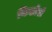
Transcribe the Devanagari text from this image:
किछोरो